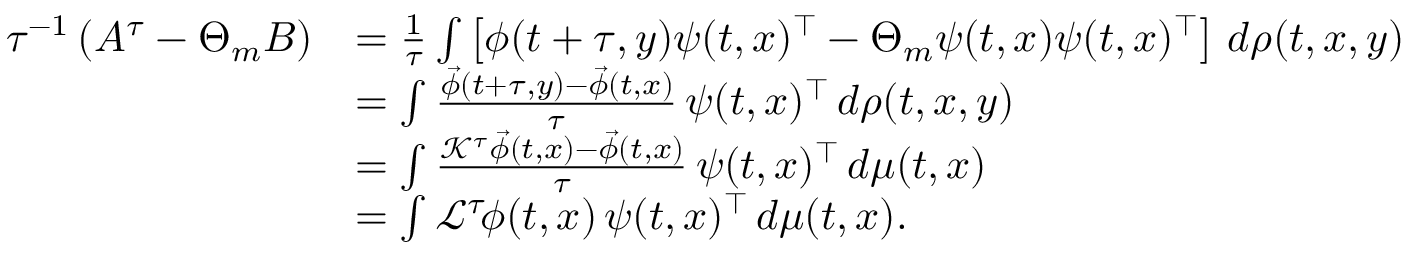
\begin{array} { r l } { \tau ^ { - 1 } \left( A ^ { \tau } - \Theta _ { m } B \right) } & { = \frac { 1 } { \tau } \int \left[ \boldsymbol { \phi } ( t + \tau , y ) \boldsymbol { \psi } ( t , x ) ^ { \top } - \Theta _ { m } \boldsymbol { \psi } ( t , x ) \boldsymbol { \psi } ( t , x ) ^ { \top } \right] \, d \rho ( t , x , y ) } \\ & { = \int \frac { \vec { \phi } ( t + \tau , y ) - \vec { \phi } ( t , x ) } { \tau } \, \boldsymbol { \psi } ( t , x ) ^ { \top } \, d \rho ( t , x , y ) } \\ & { = \int \frac { \mathcal { K } ^ { \tau } \vec { \phi } ( t , x ) - \vec { \phi } ( t , x ) } { \tau } \, \boldsymbol { \psi } ( t , x ) ^ { \top } \, d \mu ( t , x ) } \\ & { = \int \mathcal { L } ^ { \tau } \! \boldsymbol { \phi } ( t , x ) \, \boldsymbol { \psi } ( t , x ) ^ { \top } \, d \mu ( t , x ) . } \end{array}